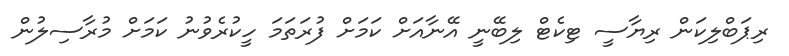
ރިޕަބްލިކަން ރިޔާސީ ޓިކެޓް ލިބޭނީ އޭނާއަށް ކަމަށް ފުރަތަމަ ހީކުރެވުނު ކަމަށް މުރާސިލުން